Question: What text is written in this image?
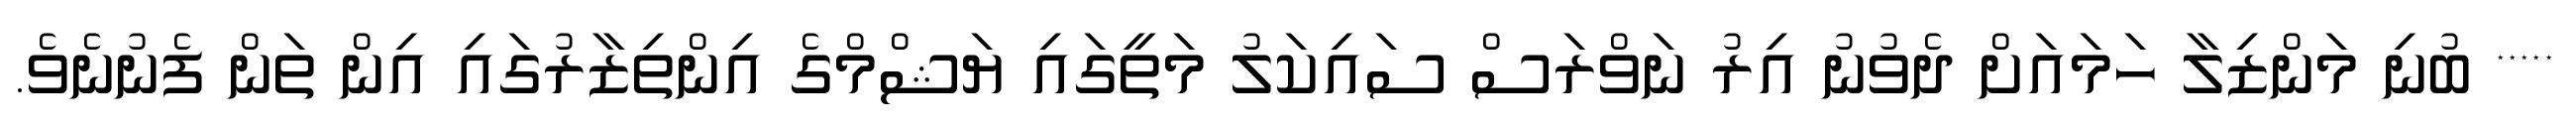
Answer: ***** ބުނި މަންޒިލާ ހަމައަށް ދެވުނު އިރު ނަވްރަސް ސައިކަލު މަތީގައި ޔަޝްމްގެ އިންތިޒާރުގައި އިން ތަން ފެނުނެވެ.